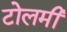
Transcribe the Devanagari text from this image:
टोलमी